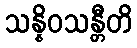
သန္နိဝသန္တီတိ